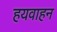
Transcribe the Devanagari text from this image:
हयवाहन